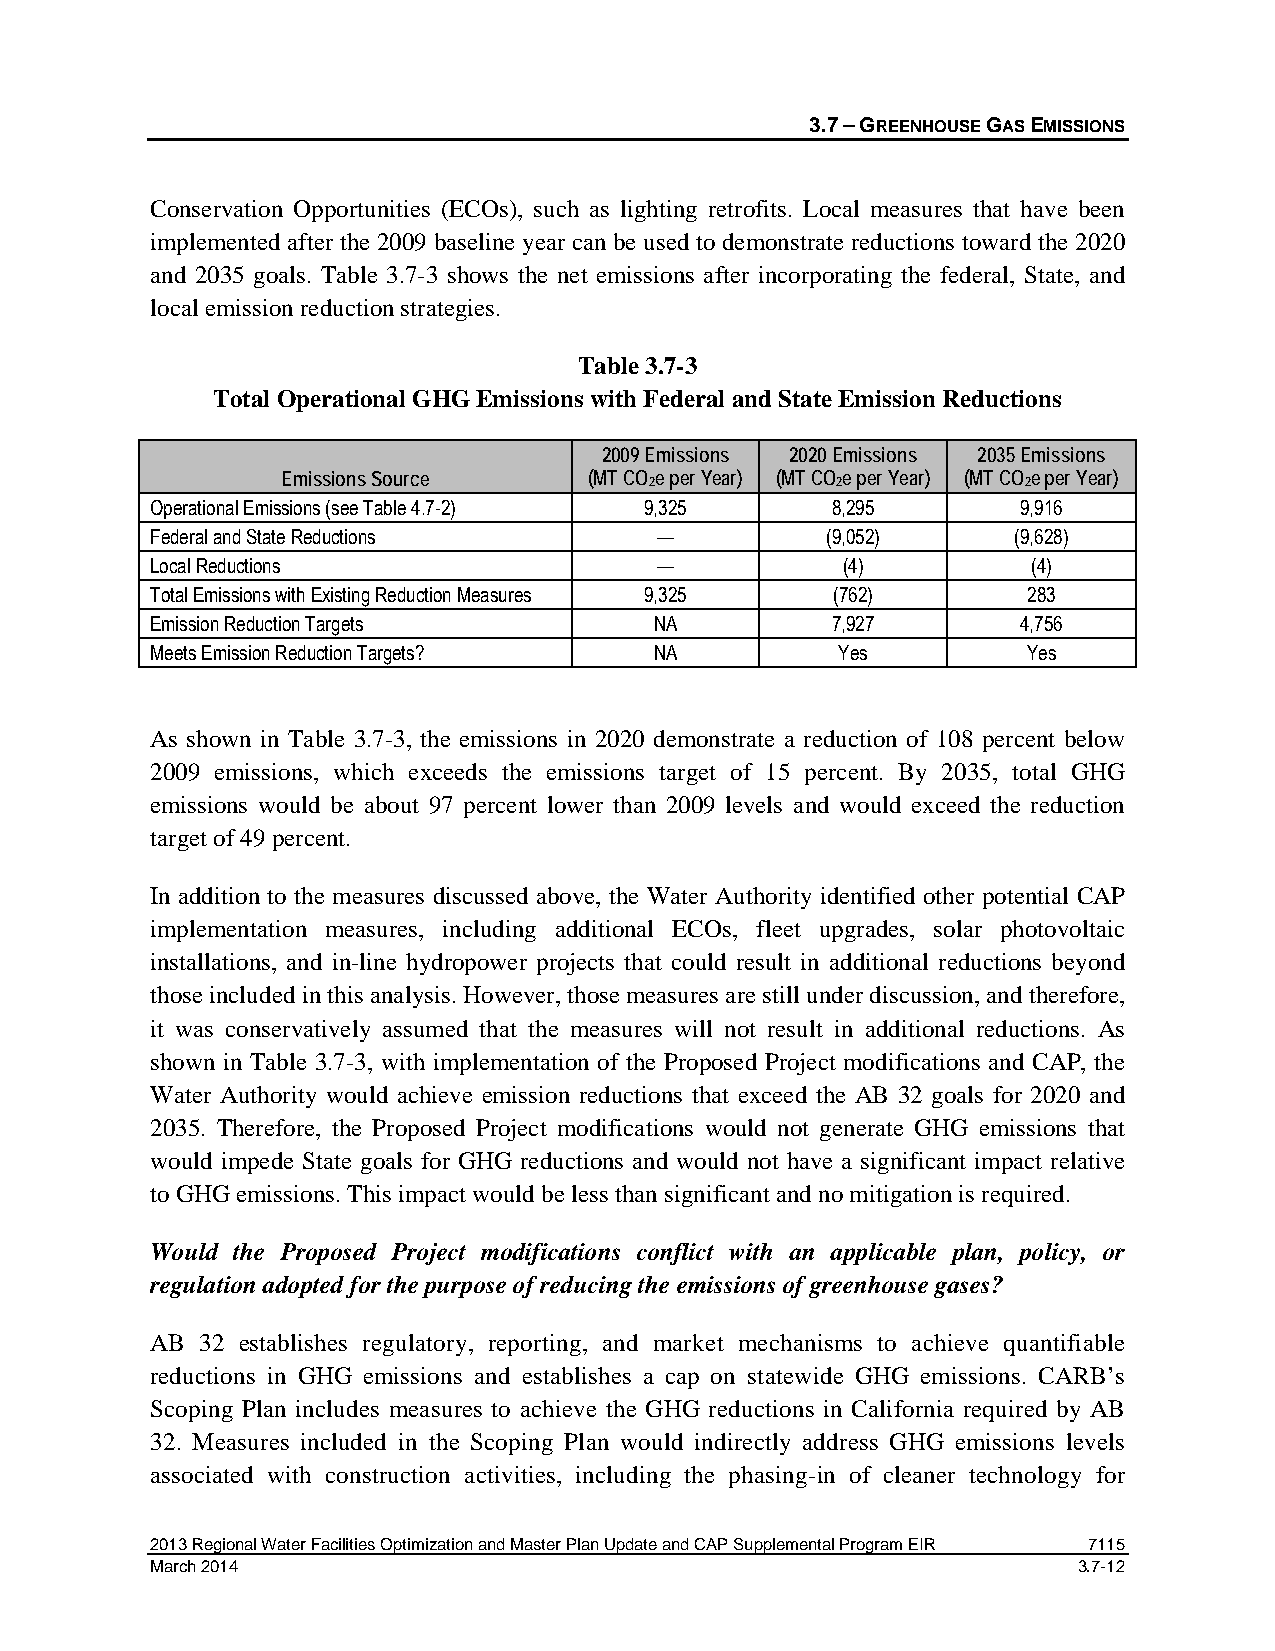
3.7 – GREENHOUSE GAS EMISSIONS
 Conservation Opportunities (ECOs), such as lighting retrofits. Local measures that have been
 implemented after the 2009 baseline year can be used to demonstrate reductions toward the 2020
 and 2035 goals. Table 3.7-3 shows the net emissions after incorporating the federal, State, and
 local emission reduction strategies.
 Table 3.7-3
 Total Operational GHG Emissions with Federal and State Emission Reductions
 2009 Emissions 2020 Emissions 2035 Emissions
 Emissions Source    (MT CO2e per Year) (MT CO2e per Year) (MT CO2e per Year)
 Operational Emissions (see Table 4.7-2) 9,325 8,295       9,916
 Federal and State Reductions     —           (9,052)     (9,628)
 Local Reductions                 —            (4)         (4)
 Total Emissions with Existing Reduction Measures 9,325 (762) 283
 Emission Reduction Targets       NA          7,927        4,756
 Meets Emission Reduction Targets? NA          Yes         Yes
 As shown in Table 3.7-3, the emissions in 2020 demonstrate a reduction of 108 percent below
 2009 emissions, which exceeds the emissions target of 15 percent. By 2035, total GHG
 emissions would be about 97 percent lower than 2009 levels and would exceed the reduction
 target of 49 percent.
 In addition to the measures discussed above, the Water Authority identified other potential CAP
 implementation measures, including additional ECOs, fleet upgrades, solar photovoltaic
 installations, and in-line hydropower projects that could result in additional reductions beyond
 those included in this analysis. However, those measures are still under discussion, and therefore,
 it was conservatively assumed that the measures will not result in additional reductions. As
 shown in Table 3.7-3, with implementation of the Proposed Project modifications and CAP, the
 Water Authority would achieve emission reductions that exceed the AB 32 goals for 2020 and
 2035. Therefore, the Proposed Project modifications would not generate GHG emissions that
 would impede State goals for GHG reductions and would not have a significant impact relative
 to GHG emissions. This impact would be less than significant and no mitigation is required.
 Would the Proposed Project modifications conflict with an applicable plan, policy, or
 regulation adopted for the purpose of reducing the emissions of greenhouse gases?
 AB 32 establishes regulatory, reporting, and market mechanisms to achieve quantifiable
 reductions in GHG emissions and establishes a cap on statewide GHG emissions. CARB’s
 Scoping Plan includes measures to achieve the GHG reductions in California required by AB
 32. Measures included in the Scoping Plan would indirectly address GHG emissions levels
 associated with construction activities, including the phasing-in of cleaner technology for
 2013 Regional Water Facilities Optimization and Master Plan Update and CAP Supplemental Program EIR 7115
 March 2014                                                   3.7-12